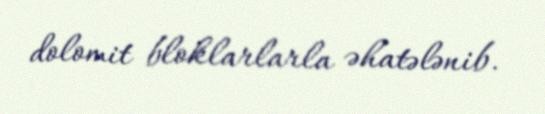
dolomit bloklarlarla əhatələnib.